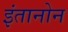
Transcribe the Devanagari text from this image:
इंतानोन